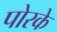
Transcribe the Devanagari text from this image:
पोरके